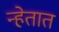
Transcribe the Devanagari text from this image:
न्हेतात